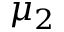
\mu _ { 2 }